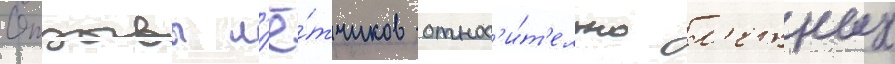
Отзывы л'ё́тчиков относ'и́т'ельно л'етных